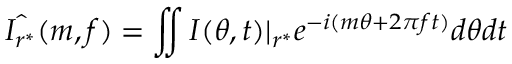
\hat { I _ { r ^ { * } } } ( m , f ) = \iint I ( \theta , t ) | _ { r ^ { * } } e ^ { - i ( m \theta + 2 \pi f t ) } d \theta d t